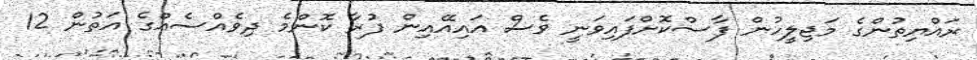
ރައްޔިތުންގެ މަޖިލީހުން ފާސްކޮށްފައިވަނީ ވެސް އައިއޭއިން ފުރާ ކޮންމެ ދިވެއްސެއްގެ އަތުން 12